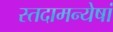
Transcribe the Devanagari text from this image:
स्तदामन्येषां